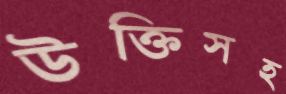
উক্তিসহ